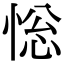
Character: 𢛌